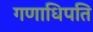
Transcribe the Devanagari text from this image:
गणाधिपति